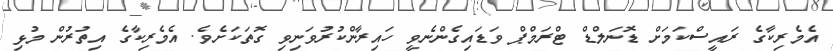
އެމެރިކާގެ ރައީސްކަމަށް ޑޮނަލްޑް ޓްރަމްޕް ވަޑައިގެންނެވީ ހައިރާންކުރުވަނިވި ގޮތަކަށެވެ. އެމެރިކާގެ އިތުރުން މުޅި